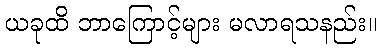
ယခုထိ ဘာကြောင့်များ မလာရသနည်း။